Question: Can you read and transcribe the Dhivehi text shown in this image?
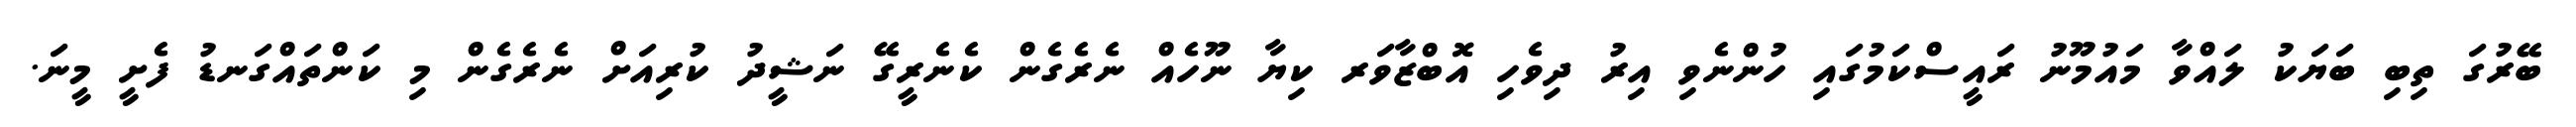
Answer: ބޭރުގަ ތިބި ބަޔަކު ލައްވާ މައުމޫނު ރައީސްކަމުގައި ހުންނެވި އިރު ދިވެހި އޮބްޒާވަރ ކިޔާ ނޫހެއް ނެރެގެން ކެނެރީގޭ ނަޝީދު ކުރިއަށް ނެރެގެން މި ކަންތައްގަނޑު ފެށީ މީނަ.